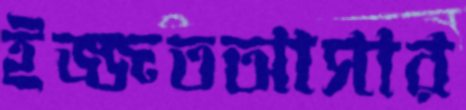
ইজ্জতআসার